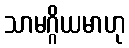
သာမဂ္ဂိယမာဟု